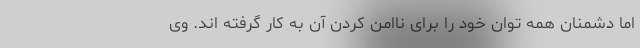
اما دشمنان همه توان خود را برای ناامن کردن آن به کار گرفته اند. وی